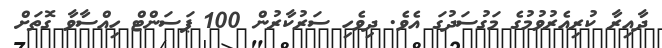
ދާއިރާ ކުރިއެރުވުމުގެ މަގުސަދުގަ އެވެ. ދިވެހި ސަރުކާރުން 100 ޕަސަންޓް ހިއްސާވާ ގޮތަށް